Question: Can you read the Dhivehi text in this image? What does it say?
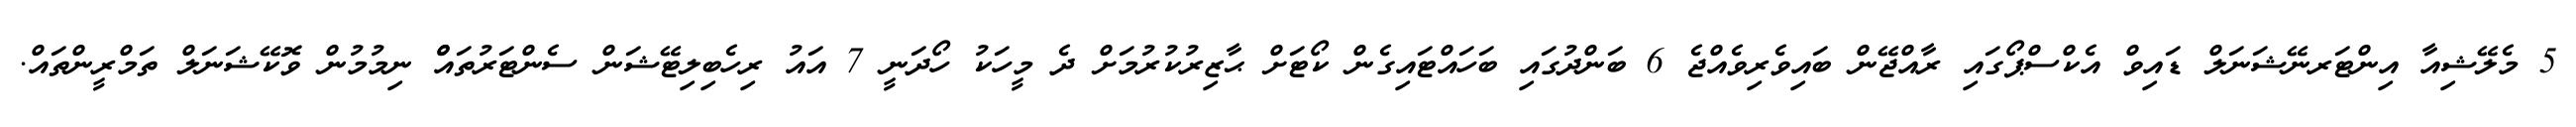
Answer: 5 މެލޭޝިއާ އިންޓަރނޭޝަނަލް ޑައިވް އެކްސްޕޯގައި ރާއްޖޭން ބައިވެރިވެއްޖެ 6 ބަންދުގައި ބަހައްޓައިގެން ކޯޓަށް ޙާޒިރުކުރުމަށް ދެ މީހަކު ހޯދަނީ 7 އައު ރިހެބިލިޓޭޝަން ސެންޓަރުތައްް ނިމުމުން ވޮކޭޝަނަލް ތަމްރީންތައް.